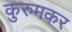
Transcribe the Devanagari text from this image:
कुरुमकर